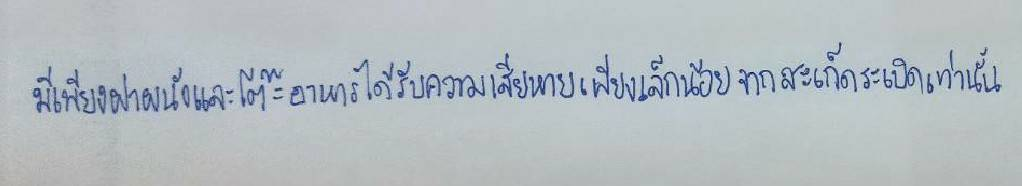
มีเพียงฝาผนังและโต๊ะอาหารได้รับความเสียหายเพียงเล็กน้อยจากสะเก็ดระเบิดเท่านั้น